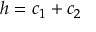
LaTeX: h = c _ { 1 } + c _ { 2 }